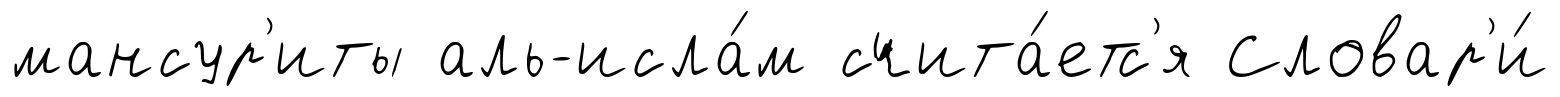
мансур'иты аль-исла́м счита́етс'я Словар'и́